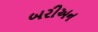
બરીઅન